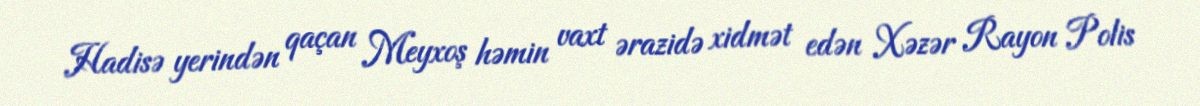
Hadisə yerindən qaçan Meyxoş həmin vaxt ərazidə xidmət edən Xəzər Rayon Polis